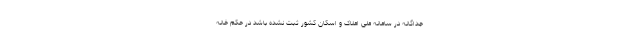
جداگانه در سامانه ملی املاک و اسکان کشور ثبت نشده باشد در حکم خانه